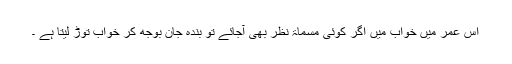
اس عمر میں خواب میں اگر کوئی مسماۃ نظر بھی آجائے تو بندہ جان بوجھ کر خواب توڑ لیتا ہے ۔